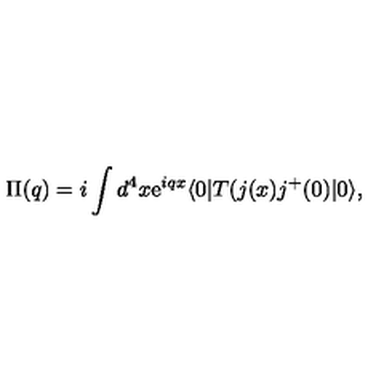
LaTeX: \Pi ( q ) = i \int d ^ { 4 } x \mathrm { e } ^ { i q x } \langle 0 | T ( j ( x ) j ^ { + } ( 0 ) | 0 \rangle ,